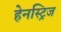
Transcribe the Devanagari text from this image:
हेनस्ट्रिज